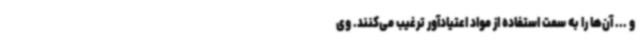
و ... آن‌ها را به سمت استفاده از مواد اعتیادآور ترغیب می‌کنند. وی